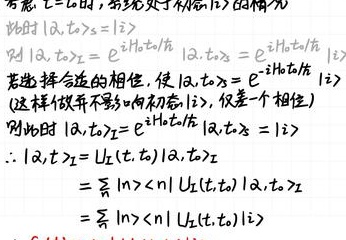
考虑 $t = t_0$ 时，系统处于本征 $|i\rangle$ 的情况
此时 $|a,t_0\rangle = |i\rangle$
则 $|a,t\rangle_{I}=e^{iH_0t/\hbar}|a,t\rangle = e^{-iH_0t/\hbar}|i\rangle$
若选择合适的相位，使 $|a,t_0\rangle_{I}=e^{-iH_0t_0/\hbar}|i\rangle$
（这样做并不影响初态 $|i\rangle$，仅差一个相位）
则此时 $|a,t\rangle_{I}=e^{iH_0t/\hbar}|a,t\rangle_{S}=|i\rangle$
$\therefore |a,t\rangle_{S}=U_{I}(t,t_0)|a,t\rangle_{I}$
$=\sum_{n}|n\rangle\langle n|U_{I}(t,t_0)|a,t\rangle_{I}$
$=\sum_{n}|n\rangle\langle n|U_{I}(t,t_0)|i\rangle$